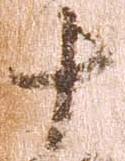
十